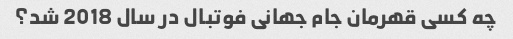
چه کسی قهرمان جام جهانی فوتبال در سال 2018 شد؟